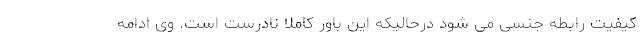
کیفیت رابطه جنسی می شود درحالیکه این باور کاملا نادرست است. وی ادامه